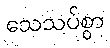
သေသပ်စွာ